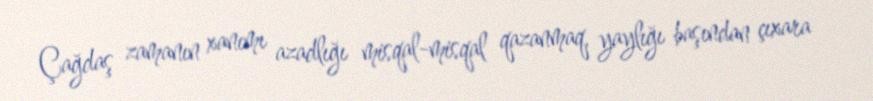
Çağdaş zamanın xanımı azadlığı misqal-misqal qazanmaq, yaylığı başından çıxara